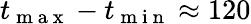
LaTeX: t_{\mathrm{~m~a~x~}}-t_{\mathrm{~m~i~n~}}\approx 120